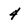
Character: 4